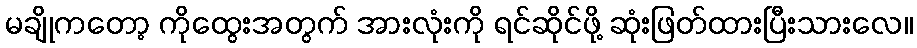
မချိုကတော့ ကိုထွေးအတွက် အားလုံးကို ရင်ဆိုင်ဖို့ ဆုံးဖြတ်ထားပြီးသားလေ။